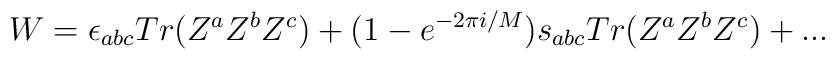
W=\epsilon_{abc}Tr(Z^{a}Z^{b}Z^{c})+(1-e^{-2\pi i/M})s_{abc}Tr(Z^{a}Z^{b}Z^{c})+...